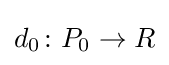
d_{0}\colon P_{0}\to R